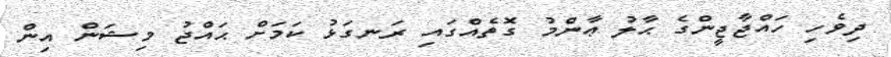
ދިވެހި ހައްޖާޖީންގެ ޙާލު ޢާންމު ގޮތެއްގައި ރަނގަޅު ކަމަށް ޙައްޖު މިޝަން އިން